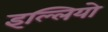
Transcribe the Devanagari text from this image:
इल्लियो